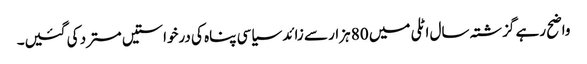
واضح رہے گزشتہ سال اٹلی میں 80 ہزار سے زائد سیاسی پناہ کی درخواستیں مسترد کی گئیں۔